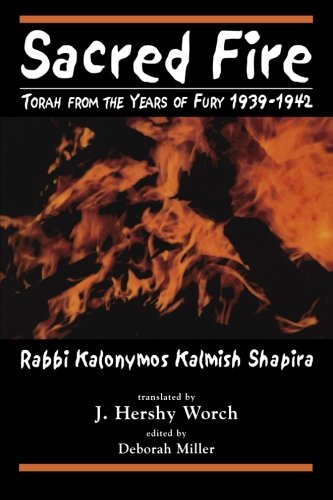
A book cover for Sacred Fire: Torah from the Years of Fury 1939-1942; Kalonymus Kalmish Shapira; Religion & Spirituality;